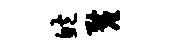
鲍厘